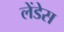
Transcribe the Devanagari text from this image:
लेंडेस